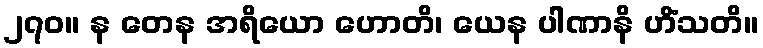
၂၇၀။ န တေန အရိယော ဟောတိ၊ ယေန ပါဏာနိ ဟိံသတိ။